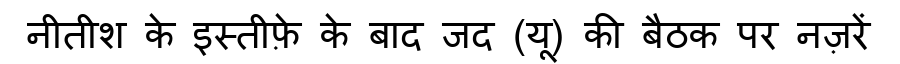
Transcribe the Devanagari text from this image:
नीतीश के इस्तीफ़े के बाद जद (यू) की बैठक पर नज़रें